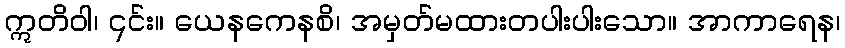
ဣတိဝါ၊ ၎င်း။ ယေနကေနစိ၊ အမှတ်မထားတပါးပါးသော။ အာကာရေန၊